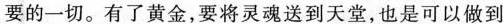
的一切。有了黄金，要将灵魂送到天堂，也是可以做到